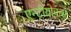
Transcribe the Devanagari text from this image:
एन्टीयोकस